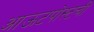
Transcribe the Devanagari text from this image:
आऊटपोस्टची